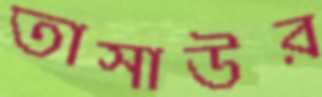
তাসাউর